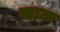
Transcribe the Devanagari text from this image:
न्हाऊ